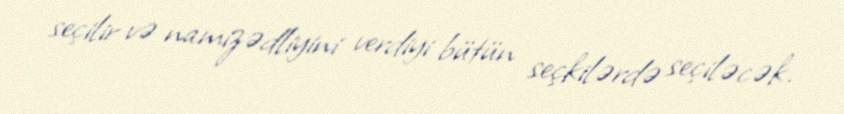
seçilir və namizədliyini verdiyi bütün seçkilərdə seçiləcək.